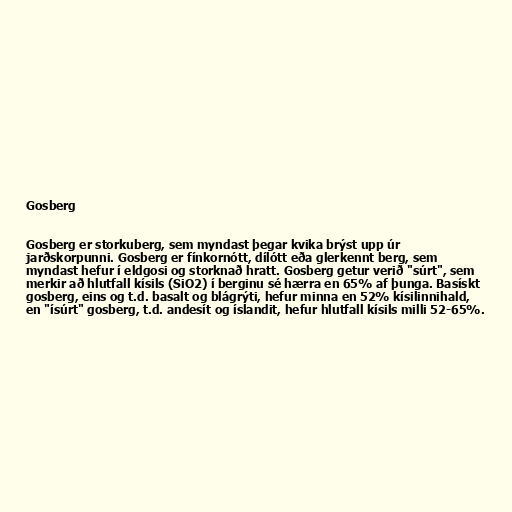
Gosberg

Gosberg er storkuberg, sem myndast þegar kvika brýst upp úr
jarðskorpunni. Gosberg er fínkornótt, dílótt eða glerkennt berg, sem
myndast hefur í eldgosi og storknað hratt. Gosberg getur verið "súrt", sem
merkir að hlutfall kísils (SiO2) í berginu sé hærra en 65% af þunga. Basískt
gosberg, eins og t.d. basalt og blágrýti, hefur minna en 52% kísilinnihald,
en "ísúrt" gosberg, t.d. andesít og íslandit, hefur hlutfall kísils milli 52-65%.